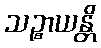
သဉ္စာယန္တိ